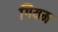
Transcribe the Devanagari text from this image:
गियम